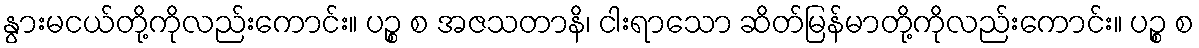
နွားမငယ်တို့ကိုလည်းကောင်း။ ပဉ္စ စ အဇသတာနိ၊ ငါးရာသော ဆိတ်မြန်မာတို့ကိုလည်းကောင်း။ ပဉ္စ စ